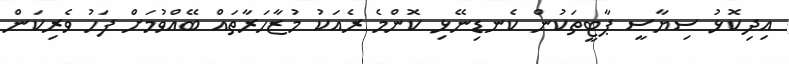
އިދިކޮޅު ސިޔާސީ ޕާޓީތަކުން ކެނޑިނޭޅި ކޮންމެ ރެއަކު މުޒާހަރާތައް ބޭއްވުމަށް ފަހު ވެރިކަން